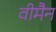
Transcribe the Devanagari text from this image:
वीमैन